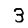
Digit: 3